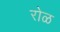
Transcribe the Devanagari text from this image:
रोळ